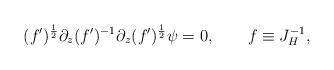
LaTeX: \begin{align*}(f')^{1\over 2}\partial_z (f')^{-1}\partial_z(f')^{1\over 2}\psi=0,\qquad f\equiv J_H^{-1},\end{align*}